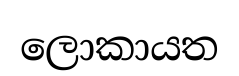
ලොකායත